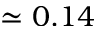
\simeq 0 . 1 4